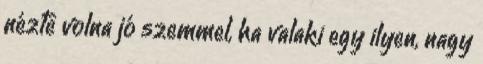
nézte volna jó szemmel, ha valaki egy ilyen, nagy